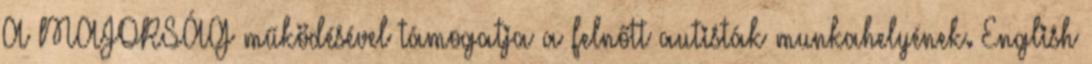
A MAJORSÁG működésével támogatja a felnőtt autisták munkahelyének. English